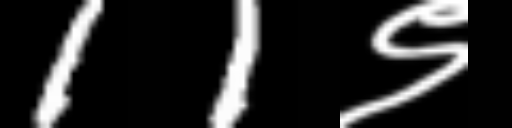
Text: 11९